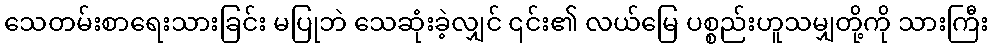
သေတမ်းစာရေးသားခြင်း မပြုဘဲ သေဆုံးခဲ့လျှင် ၎င်း၏ လယ်မြေ ပစ္စည်းဟူသမျှတို့ကို သားကြီး